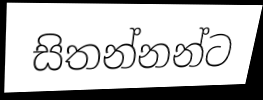
සිතන්නන්ට